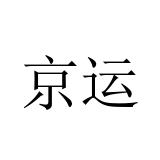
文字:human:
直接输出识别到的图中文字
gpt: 京运